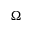
\Omega